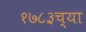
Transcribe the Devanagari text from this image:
१७८३च्या